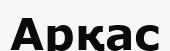
Арқас